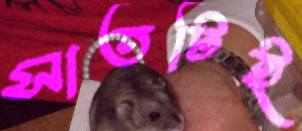
সাতটিই